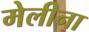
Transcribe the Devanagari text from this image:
मेलीना